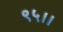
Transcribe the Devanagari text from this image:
९५।।